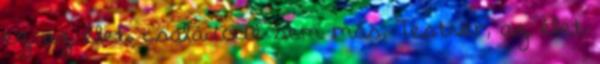
ez az élet, családodé sem más, Testvér, az élet